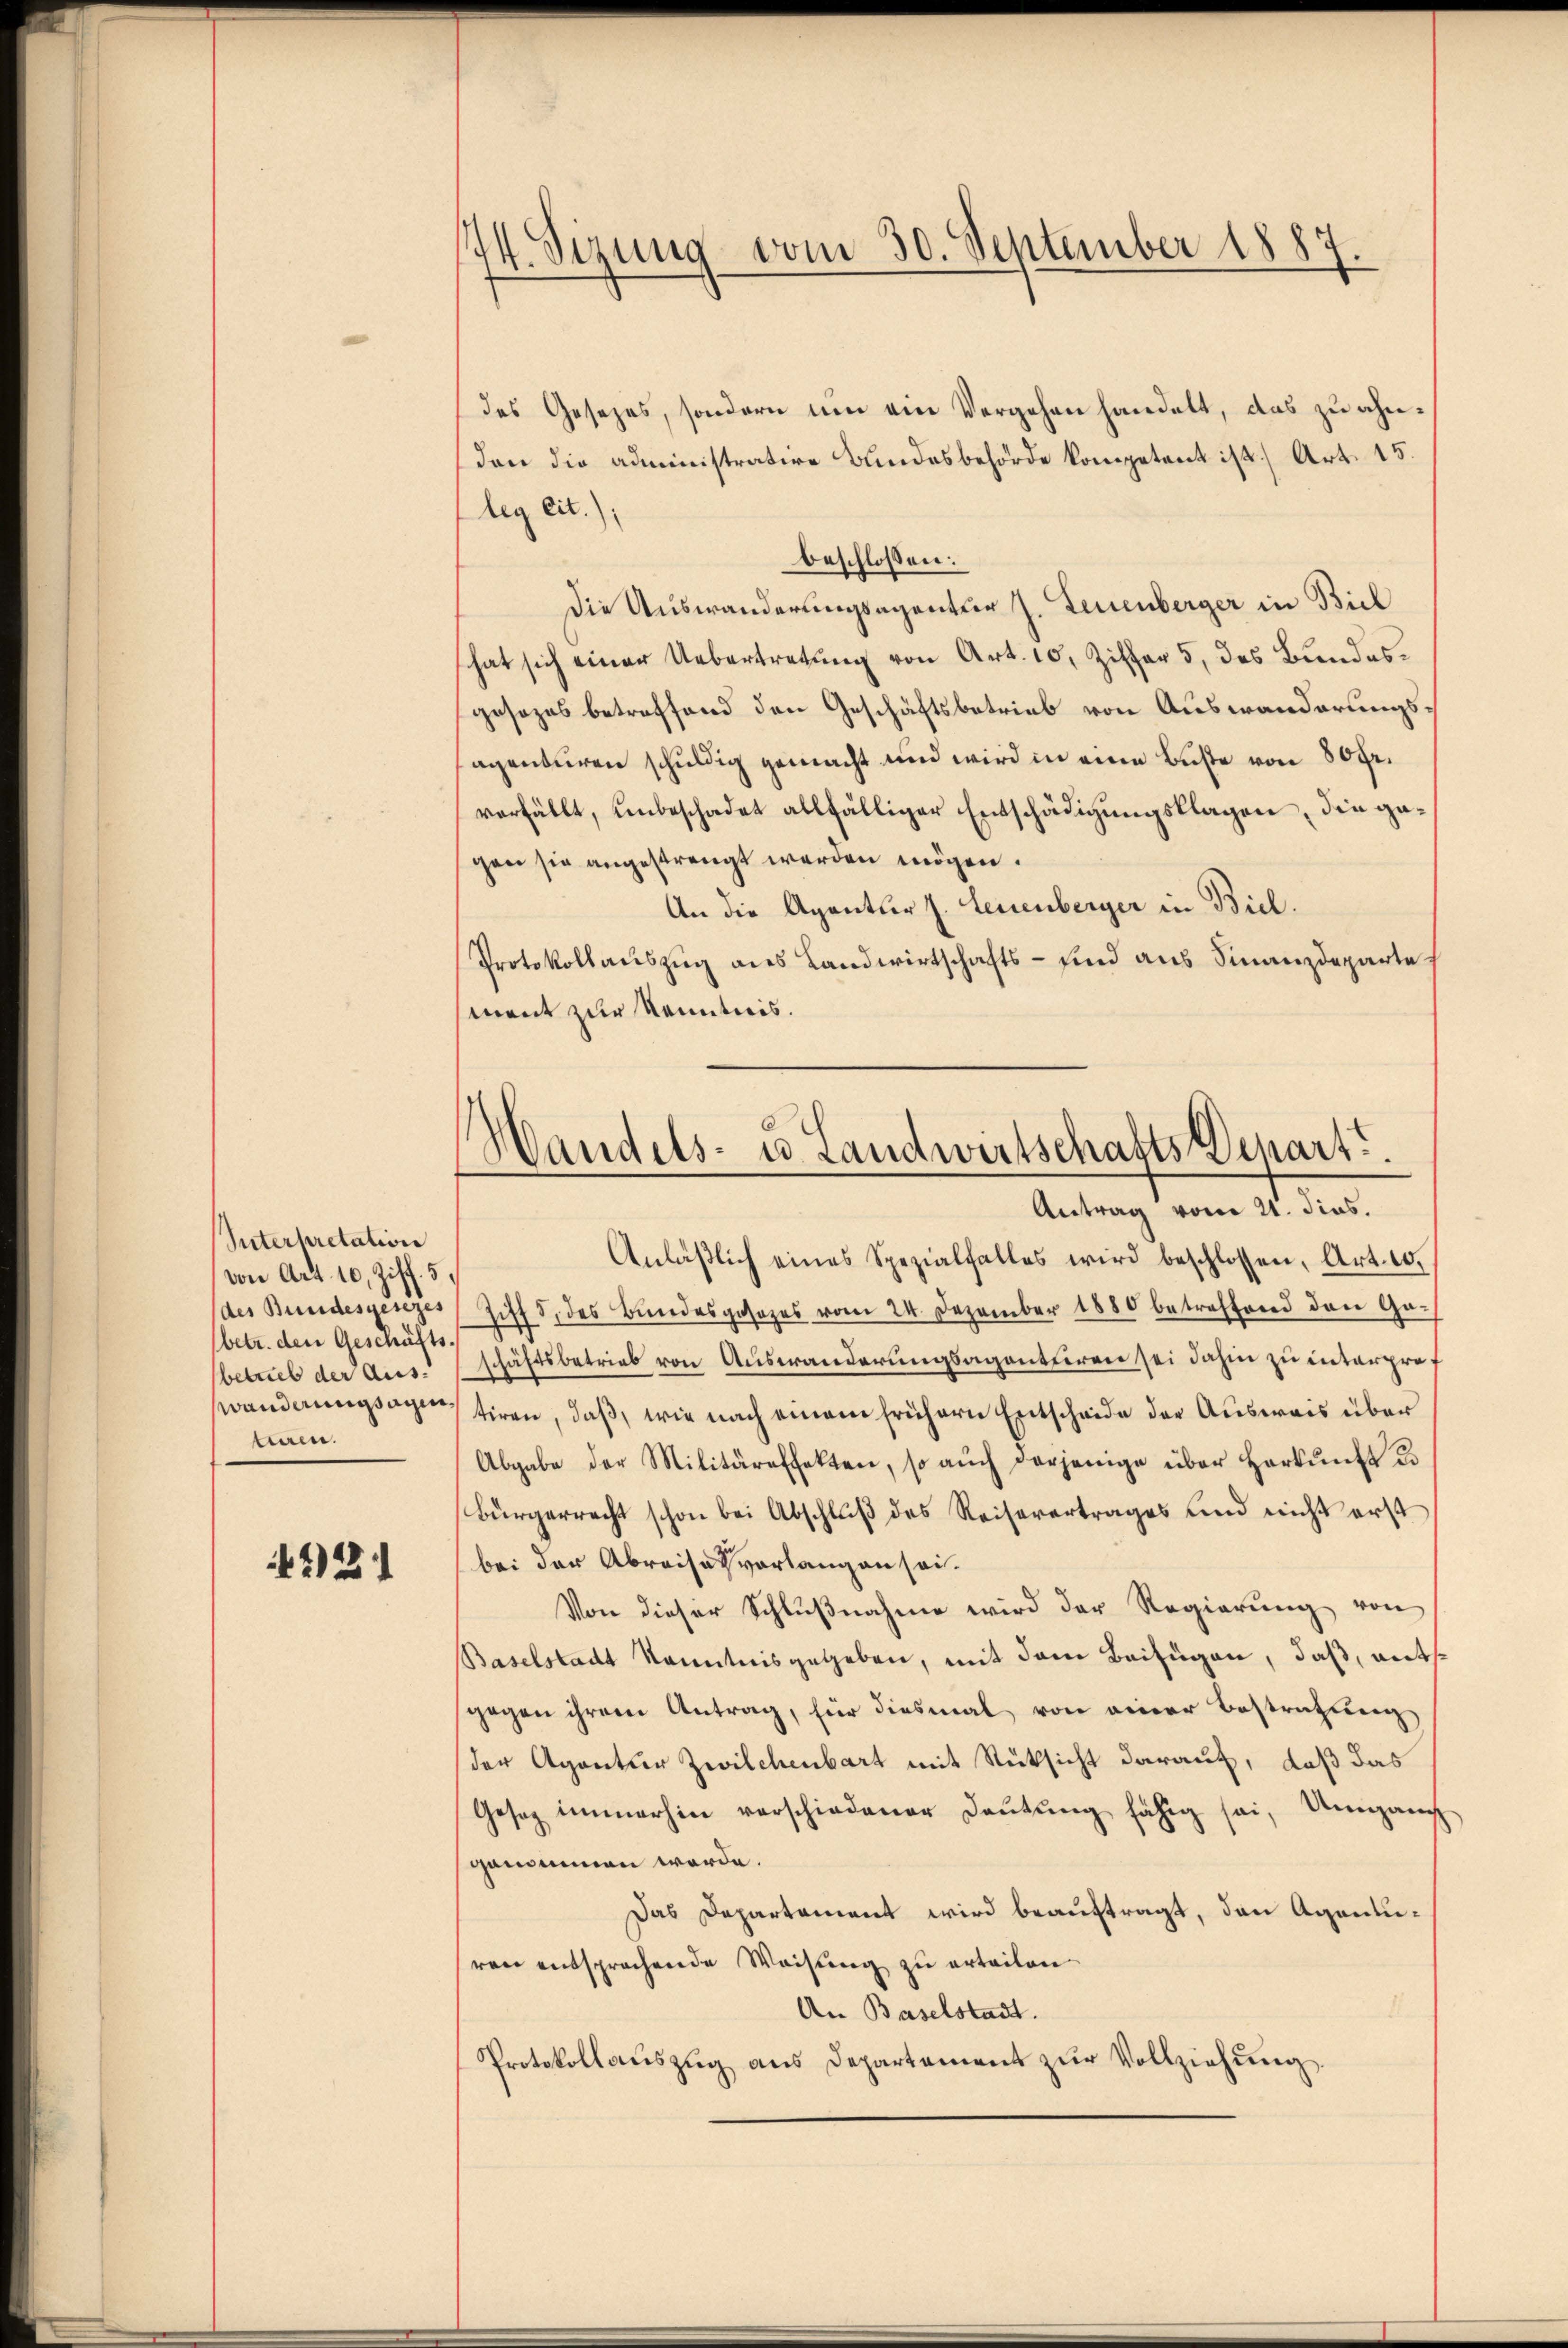
Interpretation
von Art. 10, Ziff. 5,
(des Bundesgesezes
betr. den Geschäfts-
betrieb der Aus-
wanderungsagen.
teren.

221

I4. Sizung vom 30. September 1887.

des Gesezes, sondern um ein Vergehen handelt, das zu ähnden die administrative Bundesbehörde kompetent ist) Art. 15.
leg eit.)
beschlossen:
Die Auswanderungsagentur J. Leuenberger in Biel
hat sich einer Uebertretung von Art. 10, Ziffer 5, des Bundesgesezes betreffend den Geschäftsbetrieb von Auswanderungsagenturen schuldig gemacht und wird in eine Buße von 80 fr.
verfällt, unbeschadet allfälliger Entschädigungsklagen, die gagan sie angestrengt werden mögen.
An die Agentur J. Leuenberger in Biel.
Protokollauszug aus Landwirtschafts – sind aus Finanzdeparte
ment zur Kenntnis.
Anläβlich eines Spezialfalles wird beschlossen, Art. 10.
Ziff 5. des Bundesgesezes vom 24. Dezember 1880 betreffend den Ga-
ähtsbetrieb von Auswanderungsagentiren sei dahin zu interpretiren, daß, wie nach einem frühern Entscheide der Ausweis über
Abgabe der Militäreffekten, so auch derjenige über Herkŭnft de
Bürgerrecht schon bei Abschlŭβ des Reisevertrages und nicht erst
bei der Abreise vorlangen sei.
Von dieser Schlußnahme wird der Regierung von
Baselstadt kanntnisgegeben, mit dem Beifügen, daß, mit
gegen ihrem Antrag, für diesmal von einer Bestratung
der Agentur Zwilchenbart mit Rüksicht darauf, daß das
Gesetz immerhin verschiedener Deutung fähig sei. Umgangs
genommen werde.
Das Departement wird beauftragt, den Agenturen entsprochende Weisung zu erteilen
An Baselstadt.
Protokollaŭszŭg aŭs Departement zŭr Vollziehŭng.

.
Handels- u. Landwirtschafts-Depart.
Antrag vom 21. Fins.